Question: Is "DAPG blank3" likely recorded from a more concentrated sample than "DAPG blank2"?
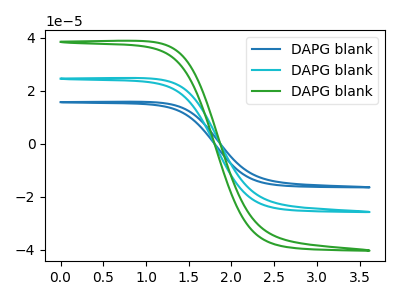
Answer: <think>The blue curve "DAPG blank1" has no peaks. The cyan curve "DAPG blank2" has no peaks. The green curve "DAPG blank3" has no peaks.
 Neither "DAPG blank3" or "DAPG blank2" have any peaks.</think>
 <answer>I cant tell if "DAPG blank3" or "DAPG blank2" has more signal.</answer>
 <eval>mixed_signal</eval>